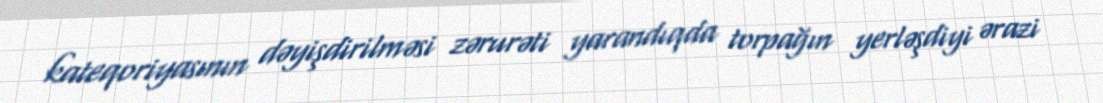
kateqoriyasının dəyişdirilməsi zərurəti yarandıqda torpağın yerləşdiyi ərazi